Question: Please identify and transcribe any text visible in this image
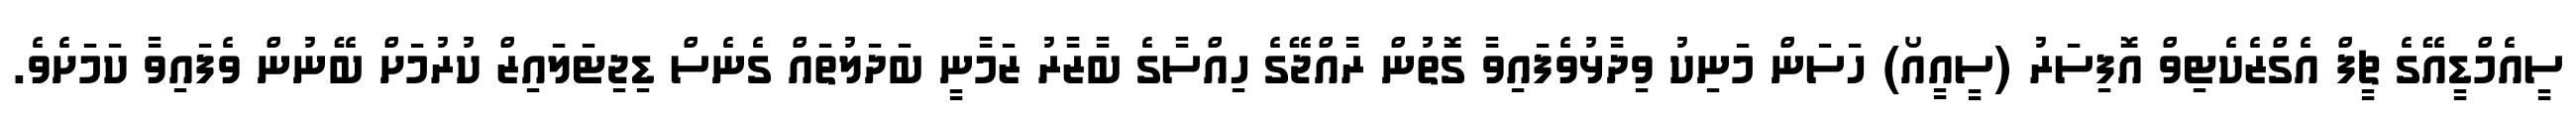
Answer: ސީއެމްޑީއޭގެ ޗީފް އެގްޒެކެޓިވް އޮފިސަރު (ސީއީއޯ) ހަސަން މަނިކު ވިދާޅުވެފައިވާ ގޮތުން ރާއްޖޭގެ ހިއްސާގެ ބާޒާރު ޒަމާނީ ބަދަލުތައް ގެނެސް ޑިޖިޓަލައިޒް ކުރުމަށް ބޭނުން ވެފައިވާ ކަމަށެވެ.